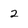
Character: 2